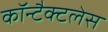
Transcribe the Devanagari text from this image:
कॉन्टैक्टलेस